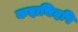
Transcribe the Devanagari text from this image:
कदाचिदपि